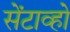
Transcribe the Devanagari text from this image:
सेंटाव्हो